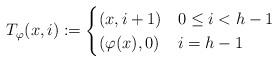
LaTeX: \begin{align*} T_{\varphi}(x,i):=\begin{cases} (x,i+1) & 0\leq i<h-1 \\ (\varphi(x), 0) & i=h-1\end{cases}\end{align*}